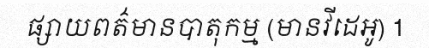
ផ្សាយពត៌មានបាតុកម្ម (មានវីដេអូ) 1